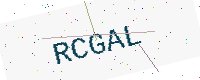
Text: RCGAL